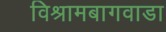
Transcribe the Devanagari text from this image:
विश्रामबागवाडा